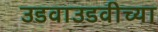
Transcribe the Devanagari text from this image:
उडवाउडवीच्या